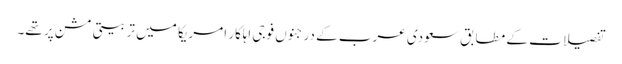
تفصیلات کے مطابق سعودی عرب کے درجنوں فوجی اہلکار امریکا میں تربیتی مشن پر تھے۔